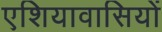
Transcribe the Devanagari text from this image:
एशियावासियों